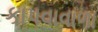
કાપવાવાળા